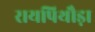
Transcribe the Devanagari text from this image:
रायपिथौड़ा